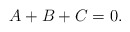
\begin{align*}A + B + C = 0.\end{align*}